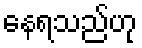
နေရသည်ဟု